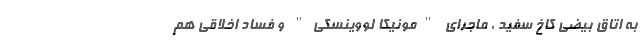
به اتاق بیضی کاخ سفید ، ماجرای "مونیکا لووینسکی" و فساد اخلاقی هم